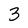
Character: 3